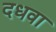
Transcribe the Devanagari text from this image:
दधवा